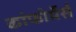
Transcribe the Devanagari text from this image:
कांफोर्मेर्स